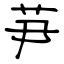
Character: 芛